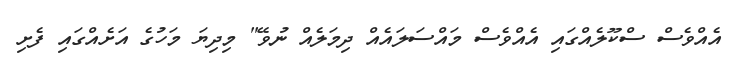
އެއްވެސް ސްކޫލެއްގައި އެއްވެސް މައްސަލައެއް ދިމަލެއް ނުވޭ" މިދިޔަ މަހުގެ އަށެއްގައި ފެށި